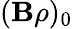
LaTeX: (\mathbf{B}\rho)_{0}